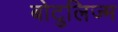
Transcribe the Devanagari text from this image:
बोटुलिज्म